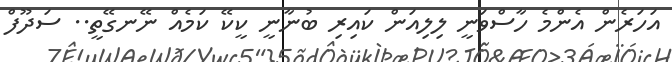
އަހަރެން އެންމެ ހާސްވަނީ ލިލިއަން ކައިރި ބުނާނީ ކީކޭ ކަމެއް ނޭނގޭތީ.. ސަދޫފް